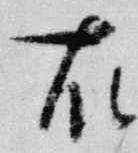
右